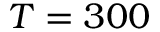
T = 3 0 0